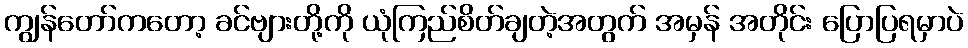
ကျွန်တော်ကတော့ ခင်ဗျားတို့ကို ယုံကြည်စိတ်ချတဲ့အတွက် အမှန် အတိုင်း ပြောပြရမှာပဲ